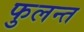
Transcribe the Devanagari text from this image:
फुलन्त